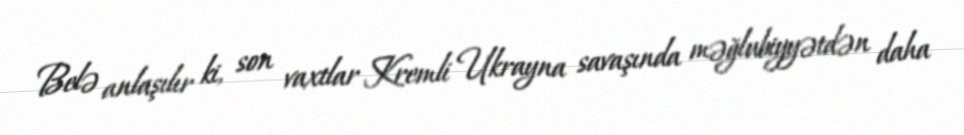
Belə anlaşılır ki, son vaxtlar Kremli Ukrayna savaşında məğlubiyyətdən daha